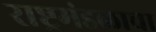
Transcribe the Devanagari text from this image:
राष्ट्रमंडळाचा